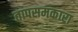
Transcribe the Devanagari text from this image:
तापसमकारा